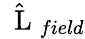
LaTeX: \hat{\mathrm{~\mathbf~L~}}_{field}